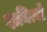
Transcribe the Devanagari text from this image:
दायित्वो